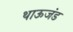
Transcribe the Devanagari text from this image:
थाऊजंड